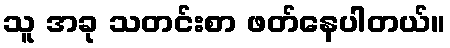
သူ အခု သတင်းစာ ဖတ်နေပါတယ်။